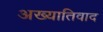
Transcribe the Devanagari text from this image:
अख्यातिवाद